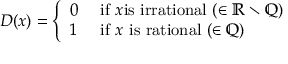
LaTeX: D ( x ) = { \left\{ \begin{array} { l l } { 0 } & { { \mathrm { ~ i f ~ } } x { \mathrm { i s ~ i r r a t i o n a l ~ } } ( \in \mathbb { R } \smallsetminus \mathbb { Q } ) } \\ { 1 } & { { \mathrm { ~ i f ~ } } x { \mathrm { ~ i s ~ r a t i o n a l ~ } } ( \in \mathbb { Q } ) } \end{array} \right. }